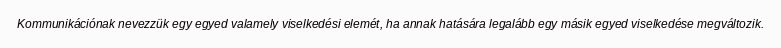
Kommunikációnak nevezzük egy egyed valamely viselkedési elemét, ha annak hatására legalább egy másik egyed viselkedése megváltozik.